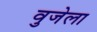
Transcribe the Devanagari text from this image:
वुजेला